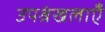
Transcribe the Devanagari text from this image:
उपश्रंखलाएँ